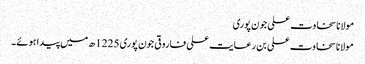
مولانا سخاوت علی جون پوری
مولانا سخاوت علی بن رعایت علی فاروقی جون پوری 1225ھ میں پیدا ہوئے۔